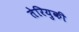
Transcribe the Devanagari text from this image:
तेरियुकी